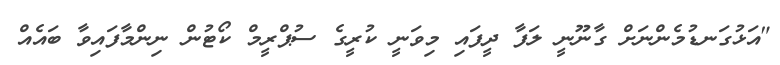
"އަޅުގަނޑުމެންނަށް ގާނޫނީ ލަފާ ދީފައި މިވަނީ ކުރީގެ ސުޕްރީމް ކޯޓުން ނިންމާފައިވާ ބައެއް